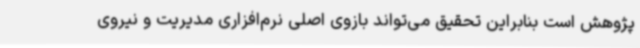
پژوهش است بنابراین تحقیق می‌تواند بازوی اصلی نرم‌افزاری مدیریت و نیروی